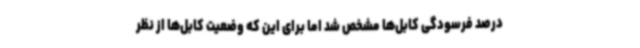
درصد فرسودگی کابل‌ها مشخص شد اما برای این که وضعیت کابل‌ها از نظر